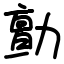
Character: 勯